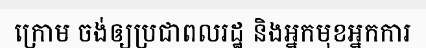
ក្រោម ចង់ឲ្យប្រជាពលរដ្ឋ និងអ្នកមុខអ្នកការ